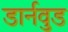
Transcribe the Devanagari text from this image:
डार्नवुड